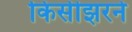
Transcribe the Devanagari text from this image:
किसीझरने